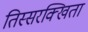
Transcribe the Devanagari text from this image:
तिस्सरक्खिता